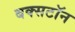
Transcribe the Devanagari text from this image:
बक्सटॉन